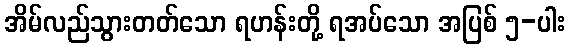
အိမ်လည်သွားတတ်သော ရဟန်းတို့ ရအပ်သော အပြစ် ၅-ပါး